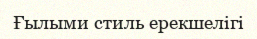
Ғылыми стиль ерекшелігі